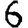
Digit: 6